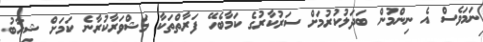
ނަމަވެސް އެ ނިންމުން ބަދަލުކުރުމަށް ސަރުކާރުގެ ކަމާބެހޭ ފަރާތްތަކާ މަޝްވަރާކުރާނެ ކަމަށް ޝިހާބު